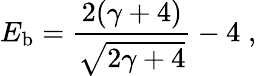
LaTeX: E_{\mathrm{b}}={\frac{2(\gamma+4)}{\sqrt{2\gamma+4}}}-4\; ,